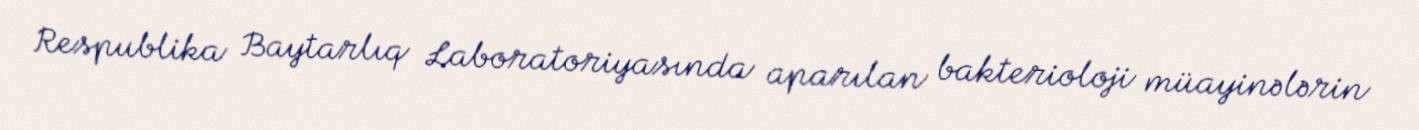
Respublika Baytarlıq Laboratoriyasında aparılan bakterioloji müayinələrin